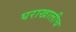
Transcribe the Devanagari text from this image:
घराखालीच